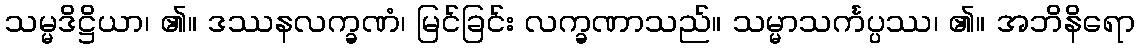
သမ္မဒိဋ္ဌိယာ၊ ၏။ ဒဿနလက္ခဏံ၊ မြင်ခြင်း လက္ခဏာသည်။ သမ္မာသင်္ကပ္ပဿ၊ ၏။ အဘိနိရော